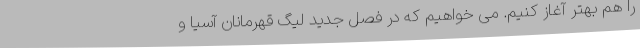
را هم بهتر آغاز کنیم. می خواهیم که در فصل جدید لیگ قهرمانان آسیا و